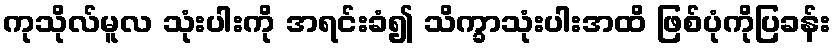
ကုသိုလ်မူလ သုံးပါးကို အရင်းခံ၍ သိက္ခာသုံးပါးအထိ ဖြစ်ပုံကိုပြခန်း